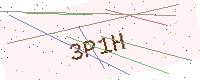
Text: 3P1H